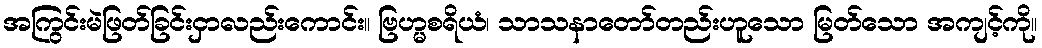
အကြွင်းမဲဖြတ်ခြင်းငှာလည်းကောင်း။ ဗြဟ္မစရိယံ၊ သာသနာတော်တည်းဟူသော မြတ်သော အကျင့်ကို။